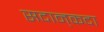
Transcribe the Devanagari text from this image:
सदान्‌कदा